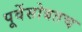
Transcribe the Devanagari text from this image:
पूर्वेसोबतच